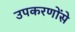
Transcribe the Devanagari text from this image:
उपकरणोंसे